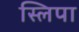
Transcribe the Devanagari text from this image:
स्लिपा